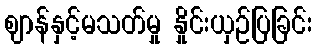
ဈာန်နှင့်မသတ်မှု နှိုင်းယှဉ်ပြခြင်း